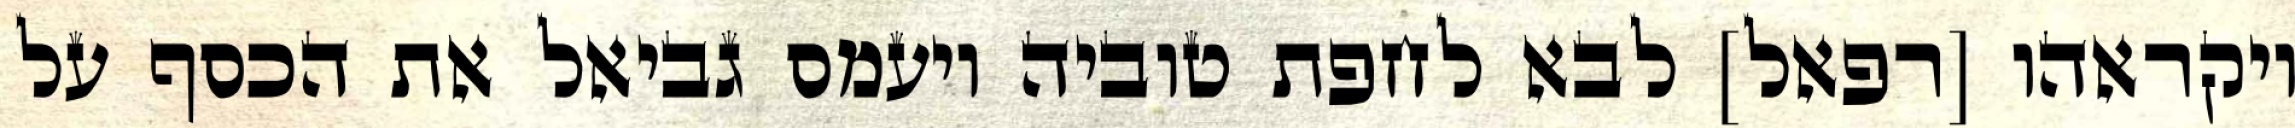
ויקראהו [רפאל] לבא לחפת טוביה ויעמס גביאל את הכסף על